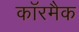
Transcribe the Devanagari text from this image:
कॉरमैक